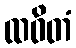
ထဝိတံ